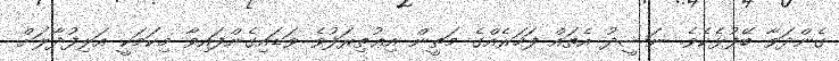
ގެންދަވާ ބޭފުޅެކެވެ. ނަޝީދު އެތައް ފަހަރެއްގެ މަތީން އިޢުތިރަފުވެ ވަޑައިގެންފައިވާ މިކަމަކީ އަލިފުދާލަށް